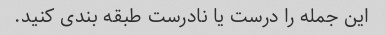
این جمله را درست یا نادرست طبقه بندی کنید.